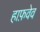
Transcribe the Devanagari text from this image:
हाफ़वेव